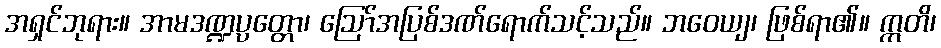
အရှင်ဘုရား။ အာမဒဏ္ဍပ္ပတ္တော၊ ဩော်အပြစ်ဒဏ်ရောက်သင့်သည်။ ဘဝေယျ၊ ဖြစ်ရာ၏။ ဣတိ၊